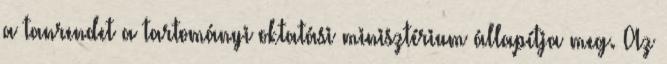
a tanrendet a tartományi oktatási minisztérium állapítja meg. Az